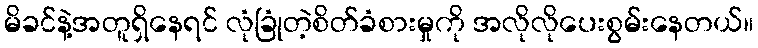
မိခင်နဲ့အတူရှိနေရင် လုံခြုံတဲ့စိတ်ခံစားမှုကို အလိုလိုပေးစွမ်းနေတယ်။